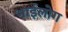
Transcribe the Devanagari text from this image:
भाईलोग